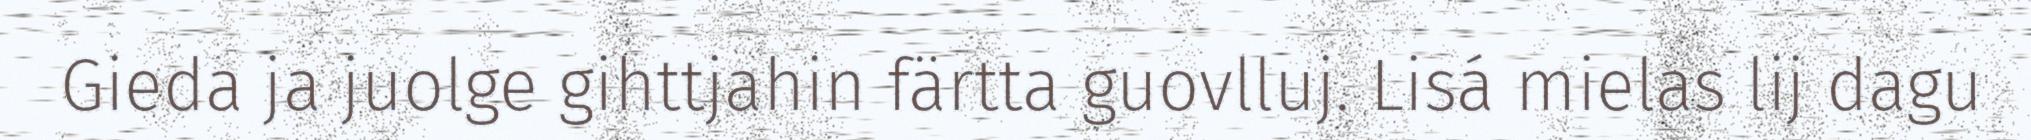
Gieda ja juolge gihttjahin färtta guovlluj. Lisá mielas lij dagu